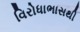
વિરોધાભાસથી